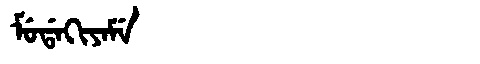
Manchu: ᠮᡠᡩᠠᡴᡳᠶᠠᠮᡝ
Romanization: MUDAKIYAME